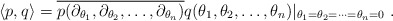
\begin{align*}\left< p, q \right> = \overline{p(\partial_{\theta_1}, \partial_{\theta_2}, \ldots, \partial_{\theta_n})}q( \theta_1, \theta_2, \ldots, \theta_n)|_{\theta_1=\theta_2 = \cdots=\theta_n=0}~.\end{align*}